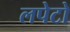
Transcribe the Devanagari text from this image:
लपेटो